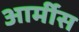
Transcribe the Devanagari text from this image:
आर्मीस